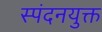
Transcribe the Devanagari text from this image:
स्पंदनयुक्त